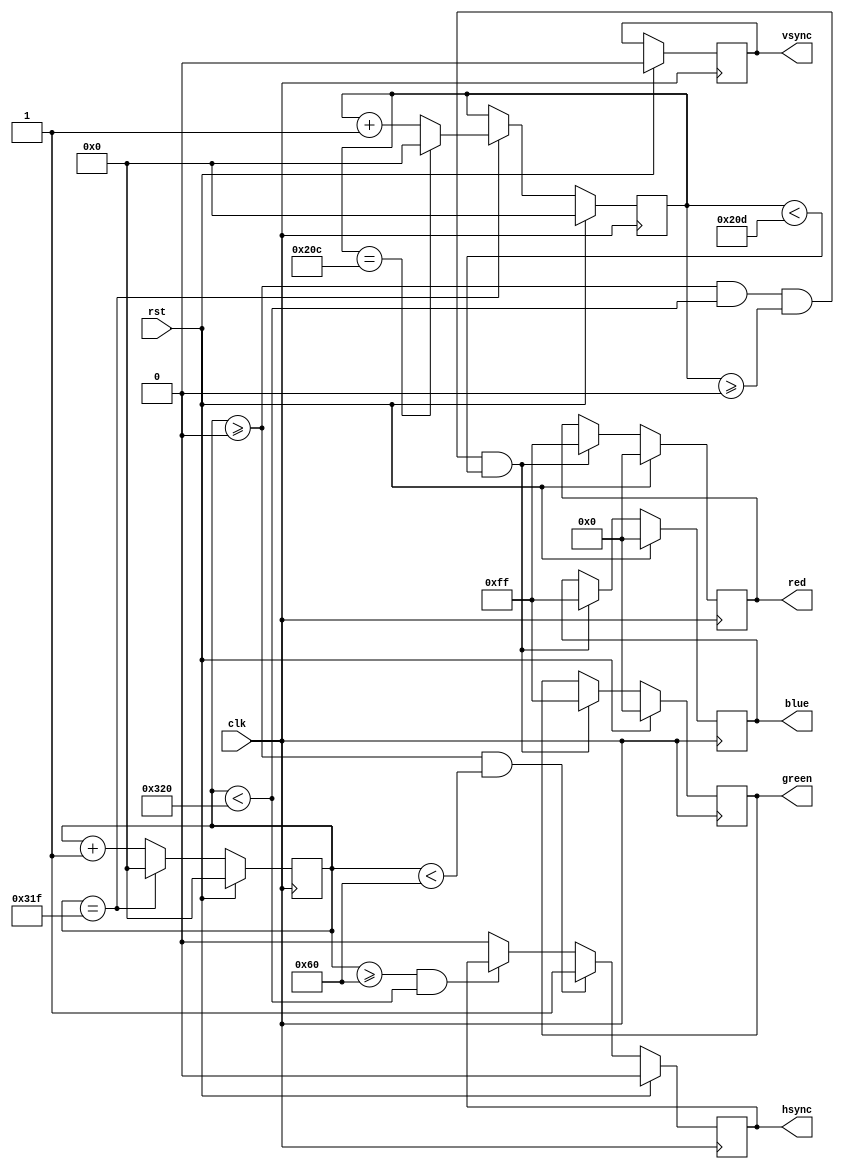
module vga_controller (
    input wire clk,
    input wire rst,
    output reg hsync,
    output reg vsync,
    output reg [7:0] red,
    output reg [7:0] green,
    output reg [7:0] blue
);

reg [10:0] h_count;
reg [10:0] v_count;

// Horizontal timing parameters
parameter H_SYNC_START = 96;
parameter H_SYNC_END = 800;
parameter H_RES = 800;

// Vertical timing parameters
parameter V_SYNC_START = 2;
parameter V_SYNC_END = 525;
parameter V_RES = 525;

always @(posedge clk) begin
    if (rst) begin
        h_count <= 0;
        v_count <= 0;
        hsync <= 0;
        vsync <= 0;
        red <= 8'b0;
        green <= 8'b0;
        blue <= 8'b0;
    end else begin
        h_count <= h_count + 1;

        if (h_count >= 0 && h_count < H_SYNC_START) begin
            hsync <= 1;
        end else if (h_count >= H_SYNC_START && h_count < H_SYNC_END) begin
            rsync <= 0;
        end else begin
            hsync <= 0;
        end

        if (h_count >= 0 && h_count < H_RES && v_count >= 0 && v_count < V_RES) begin
            red <= 8'b11111111;
            green <= 8'b11111111;
            blue <= 8'b11111111;
        end

        if (h_count == H_RES - 1) begin
            h_count <= 0;
            if (v_count == V_RES - 1) begin
                v_count <= 0;
            end else begin
                v_count <= v_count + 1;
            end
        end
    end
end

endmodule